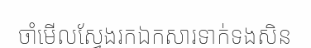
ចាំមើលស្វែងរកឯកសារទាក់ទងសិន